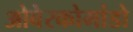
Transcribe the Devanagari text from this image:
ओबेरकोमांडो